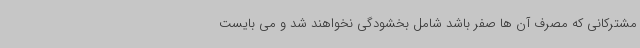
مشترکانی که مصرف آن ها صفر باشد شامل بخشودگی نخواهند شد و می بایست